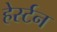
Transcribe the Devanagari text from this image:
हेर्स्टन